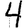
Digit: 4